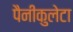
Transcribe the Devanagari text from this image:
पैनीकुलेटा